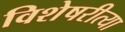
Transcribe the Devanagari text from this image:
विशेषरीत्या